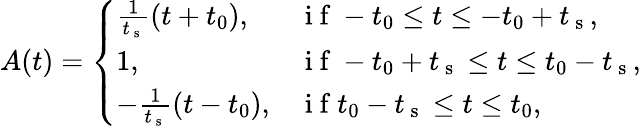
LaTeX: \begin{array}{r}{A(t)=\left\{ \begin{array}{ll}{\frac{1}{t_{\mathrm{~s~}}}(t+t_{0}),}&{\mathrm{~i~f~}-t_{0}\leq t\leq-t_{0}+t_{\mathrm{~s~}},}\\ {1,}&{\mathrm{~i~f~}-t_{0}+t_{\mathrm{~s~}}\leq t\leq t_{0}-t_{\mathrm{~s~}},}\\ {-\frac{1}{t_{\mathrm{~s~}}}(t-t_{0}),}&{\mathrm{~i~f~}t_{0}-t_{\mathrm{~s~}}\leq t\leq t_{0},}\end{array}\right.}\end{array}